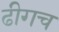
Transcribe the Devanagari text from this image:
ढीगच